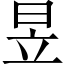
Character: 昱